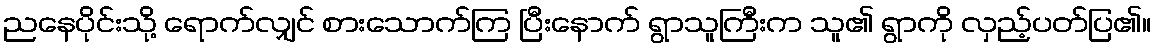
ညနေပိုင်းသို့ ရောက်လျှင် စားသောက်ကြ ပြီးနောက် ရွာသူကြီးက သူ၏ ရွာကို လှည့်ပတ်ပြ၏။